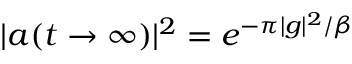
| a ( t \rightarrow \infty ) | ^ { 2 } = e ^ { - \pi | g | ^ { 2 } / \beta }